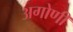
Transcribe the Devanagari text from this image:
अगोणी